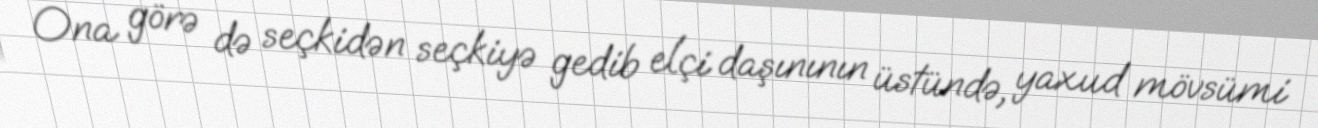
Ona görə də seçkidən seçkiyə gedib elçi daşınının üstündə, yaxud mövsümi